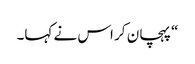
“ پہچان کر اس نے کہا۔